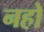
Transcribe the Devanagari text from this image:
नहो